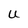
Character: U